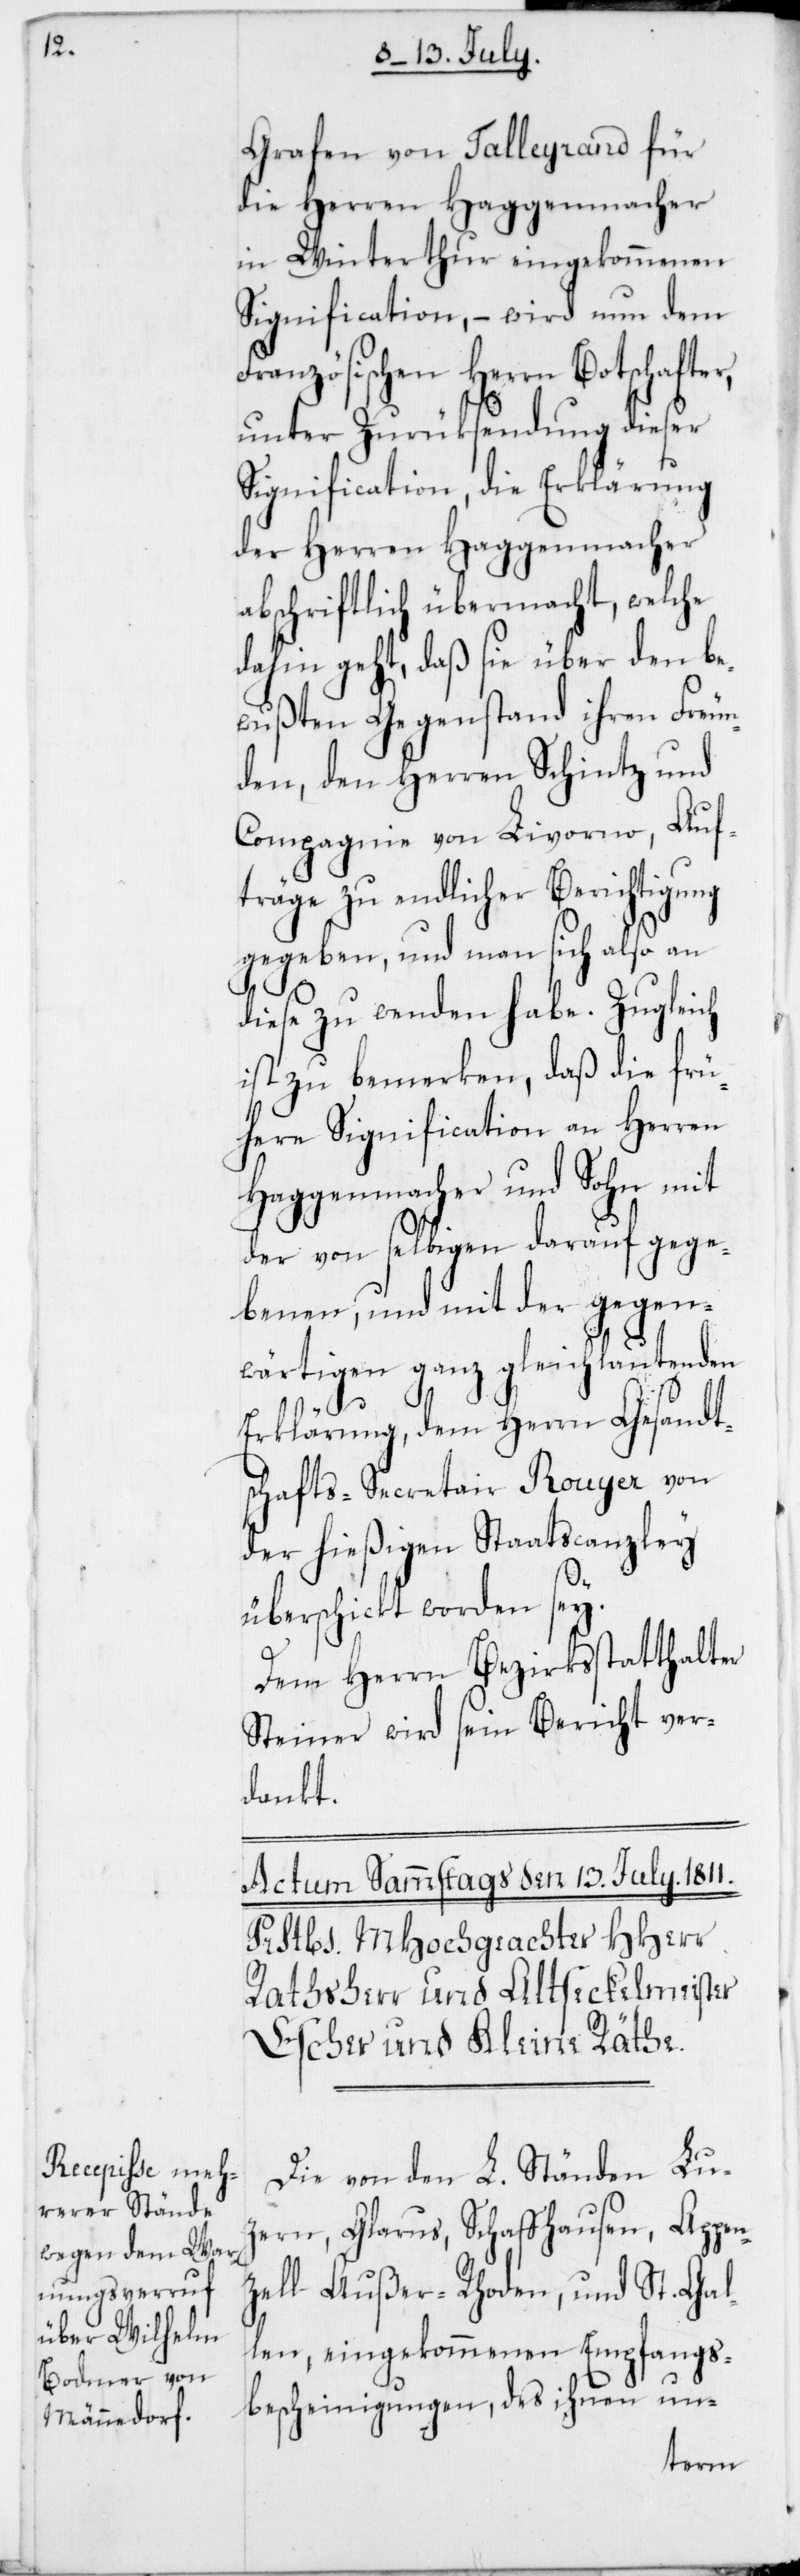
F¬

Grafen von Talleyrand für
die Herren Haggenmacher
in Winterthur eingekommenen
Signification, – wird nun dem
ranzösischen Herrn Botschaf¬
unter Zurüksendung dieser
Signification, die Erklärung
der Herren Haggenmacher
abschriftlich übermacht, welche
dahin geht, daß sie über den be¬
wußten Gegenstand ihren Freun¬
den, den Herren Schintz und
Compagnie von Livorno, Auf¬
träge zu endlicher Berichtigung
gegeben, und man sich also an
diese zu wenden habe. Zugleich
ist zu bemerken, daß die frü¬
here Signification an Herren
Haggenmacher und Sohn mit
der von selbigen darauf gege¬
benen, und mit der gegen¬
wärtigen ganz gleichlautenden
Erklärung, dem Herrn Gesandt¬
schafts-Secretair Rouyer von
der hießigen Staatscanzley
überschickt worden sey.
Dem Herrn Bezirksstatthalter
Steiner wird sein Bericht ver¬
dankt.
Die von den L. Ständen Luz¬
ern, Glarus, Schaffhausen, Appen¬
zell Außer-Rhoden, und St. Gal¬
len eingekommenen Empfangs¬
bescheinigungen, des ihnen un-
ter,